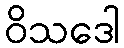
ဝိသဒေါ